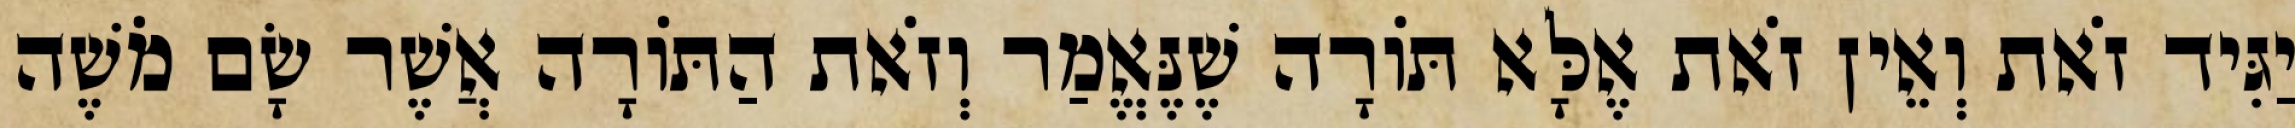
יַגִּיד זֹאת וְאֵין זֹאת אֶלָּא תּוֹרָה שֶׁנֶּאֱמַר וְזֹאת הַתּוֹרָה אֲשֶׁר שָׂם מֹשֶׁה